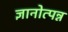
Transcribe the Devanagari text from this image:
ज्ञानोत्पन्न